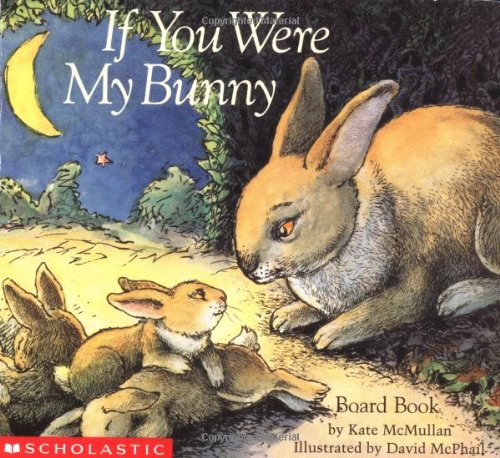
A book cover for If You Were My Bunny; Kate McMullan; Children's Books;